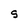
Character: S